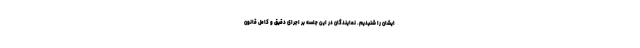
ایشان را شنیدیم. نمایندگان در این جلسه بر اجرای دقیق و کامل قانون